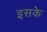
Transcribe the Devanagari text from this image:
इसके